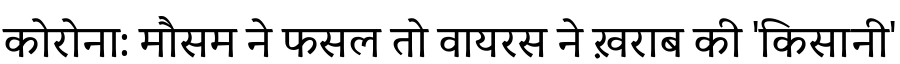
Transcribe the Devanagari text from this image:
कोरोना: मौसम ने फसल तो वायरस ने ख़राब की 'किसानी'